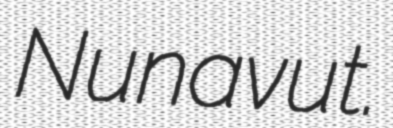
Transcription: Nunavut.